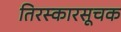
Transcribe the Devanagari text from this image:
तिरस्कारसूचक